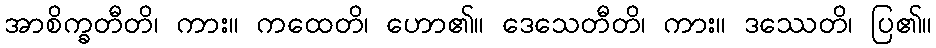
အာစိက္ခတီတိ၊ ကား။ ကထေတိ၊ ဟော၏။ ဒေသေတီတိ၊ ကား။ ဒဿေတိ၊ ပြ၏။